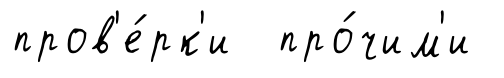
пров'е́рк'и про́чим'и